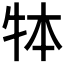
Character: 𤙃